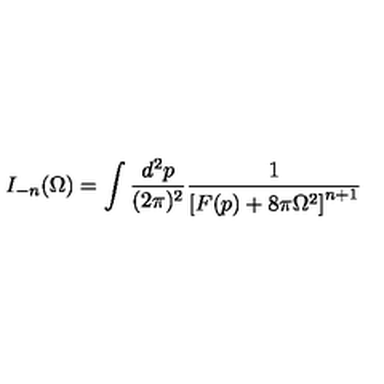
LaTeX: I _ { - n } ( \Omega ) = \int \frac { d ^ { 2 } p } { ( 2 \pi ) ^ { 2 } } \frac { 1 } { \left[ F ( p ) + 8 \pi \Omega ^ { 2 } \right] ^ { n + 1 } }